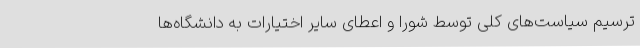
ترسیم سیاست‌های کلی توسط شورا و اعطای سایر اختیارات به دانشگاه‌ها